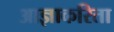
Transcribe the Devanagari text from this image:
आज्ञाकरिता